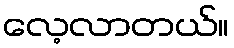
လေ့လာတယ်။